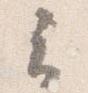
云